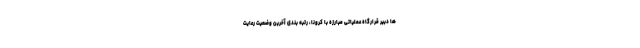
ها دبیر قرارگاه عملیاتی مبارزه با کرونا، رتبه بندی آخرین وضعیت رعایت